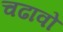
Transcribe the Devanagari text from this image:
चढावो